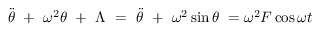
\Ddot { \theta } \ + \ \omega ^ { 2 } \theta \ + \ \Lambda \ = \ \Ddot { \theta } \ + \ \omega ^ { 2 } \sin { \theta } \ = \omega ^ { 2 } F \cos { \omega t }